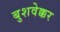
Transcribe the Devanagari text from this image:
बुशवेक्कर